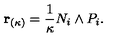
{ \bf r } _ { ( \kappa ) } = \frac { 1 } { \kappa } N _ { i } \wedge P _ { i } .